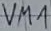
Text: VM1